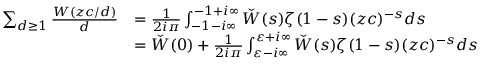
\begin{array} { r l } { \sum _ { d \ge 1 } \frac { W ( z c / d ) } { d } } & { = \frac { 1 } { 2 i \pi } \int _ { - 1 - i \infty } ^ { - 1 + i \infty } \check { W } ( s ) \zeta ( 1 - s ) ( z c ) ^ { - s } d s } \\ & { = \check { W } ( 0 ) + \frac { 1 } { 2 i \pi } \int _ { \varepsilon - i \infty } ^ { \varepsilon + i \infty } \check { W } ( s ) \zeta ( 1 - s ) ( z c ) ^ { - s } d s } \end{array}